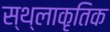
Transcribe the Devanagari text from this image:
स्थ्लाकृतिक